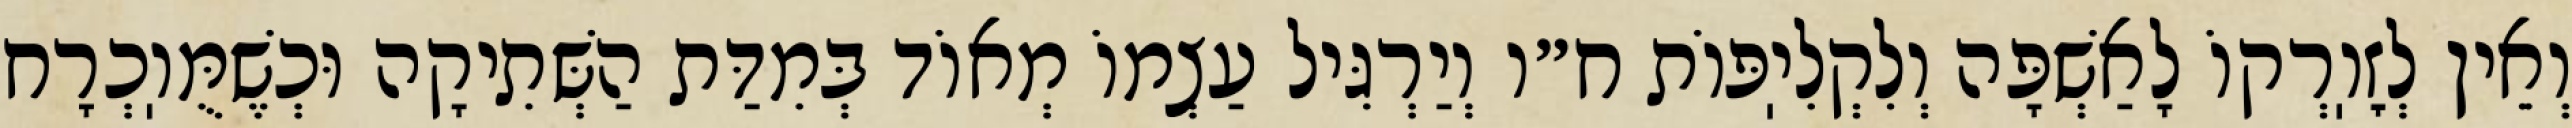
וְאֵין לְזׇוֽרְקוֹ לָאַשְׁפָּה וְלִקְלִיֽפּוֹת ח״ו וְיַרְגִּיל עַצְמוֹ מְאוֹד בְּמִדַּת הַשְּׁתִיקָה וּכְשֶׁמֻּוֽכְרָח